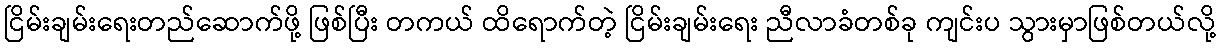
ငြိမ်းချမ်းရေးတည်ဆောက်ဖို့ ဖြစ်ပြီး တကယ် ထိရောက်တဲ့ ငြိမ်းချမ်းရေး ညီလာခံတစ်ခု ကျင်းပ သွားမှာဖြစ်တယ်လို့